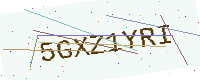
Text: 5GXZ1YRI